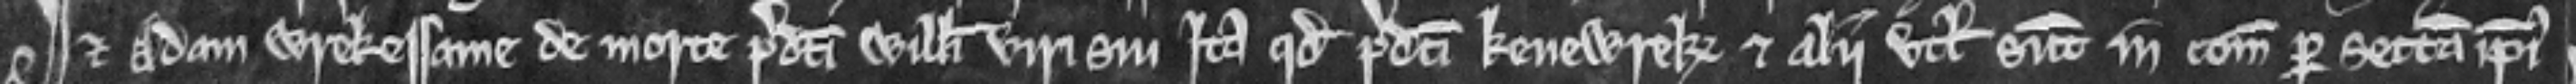
et Adam Wrekessame de morte predicti Willelmi viri sui ita quod predicti Kenewrek et ali utlagati sunt in comitatu per sectam ipsius